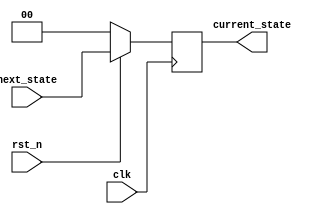
module current_state_logic(input clk,
                           input rst_n,
						   input [1:0] next_state,
						   output reg [1:0] current_state);

always @(posedge(clk))
begin
	if(rst_n == 1'b0)
		current_state<=2'b00;
	else
		current_state<=next_state;
end

endmodule